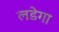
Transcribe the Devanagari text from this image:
लडेगा